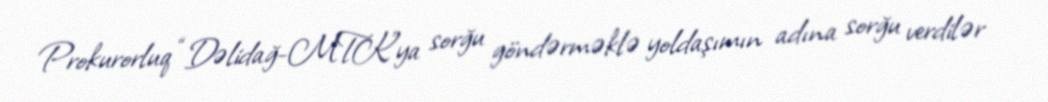
Prokurorluq “Dəlidağ-MTK”ya sorğu göndərməklə yoldaşımın adına sorğu verdilər